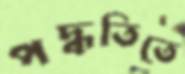
পদ্ধতিতে